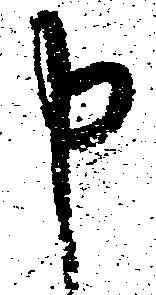
申